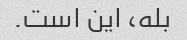
بله، این است.